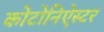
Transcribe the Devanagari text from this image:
कोटोनिऐस्टर